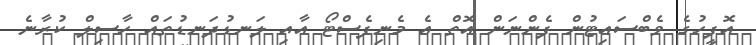
އޮފީހުގެ ވެބްސައިޓުން ފެންނަން އޮތް އެ މެނިފެސްޓޯ އާއި ލަނޑުދަނޑުތައް ހާސިލް ކުރާނެ